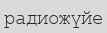
радиожүйе